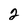
Character: 2